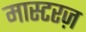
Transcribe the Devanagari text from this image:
मास्टरज़